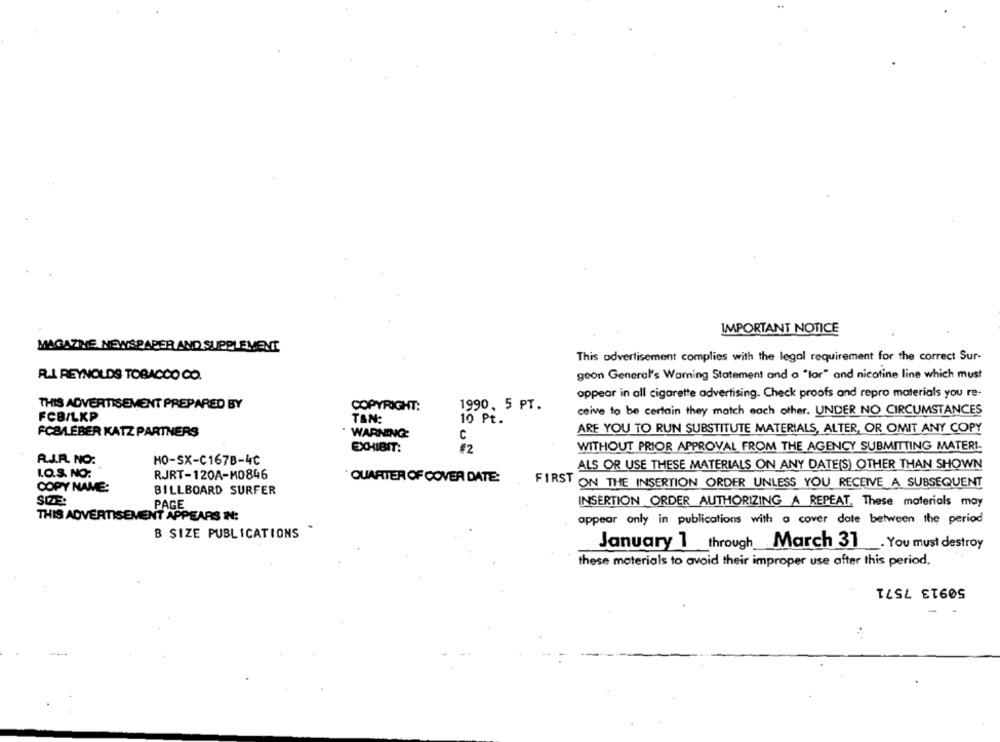
IMPORTANT NOTICE
MAGAZINE NEWSPAPER AND SUPPLEMENT
This advertisement complies with the legal requirement for the correct Sur-
R.I. REYNOLDS TOBACCO CO.
geon General's Warning Statement and a "lar" and nicotine line which must
appear in all cigarette advertising. Check proofs and repro materials you re-
THIS ADVERTISEMENT PREPARED BY
COPYRIGHT:
1990, 5 PT.
ceive to be certain they match each other. UNDER NO CIRCUMSTANCES
FCB/LKP
TAN:
10 Pt.
ARE YOU TO RUN SUBSTITUTE MATERIALS, ALTER, OR OMIT ANY COPY
FCB/LEBER KATZ PARTNERS
WARNING
C
EXHIBIT:
12
WITHOUT PRIOR APPROVAL FROM THE AGENCY SUBMITTING MATERI
A.J.R. NO:
HO-SX-C167B-4℃
ALS OR USE THESE MATERIALS ON ANY DATE(S) OTHER THAN SHOWN
LO.S. NO:
RJRT-120A-M0846
QUARTER OF COVER DATE:
COPY NAME:
FIRST ON THE INSERTION ORDER UNLESS YOU RECEIVE A SUBSEQUENT
BILLBOARD SURFER
PAGE
INSERTION ORDER AUTHORIZING A REPEAT. These materials may
THIS ADVERTISEMENT APPEARS IN:
appear only in publications with a cover date between the period
B SIZE PUBLICATIONS
January 1 through March 31. You must destroy
these materials to avoid their improper use after this period.
50913 7571